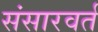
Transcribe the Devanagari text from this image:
संसारवर्त